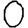
Digit: 0